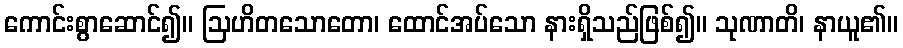
ကောင်းစွာဆောင်၍။ ဩဟိတသောတော၊ ထောင်အပ်သော နားရှိသည်ဖြစ်၍။ သုဏာတိ၊ နာယူ၏။